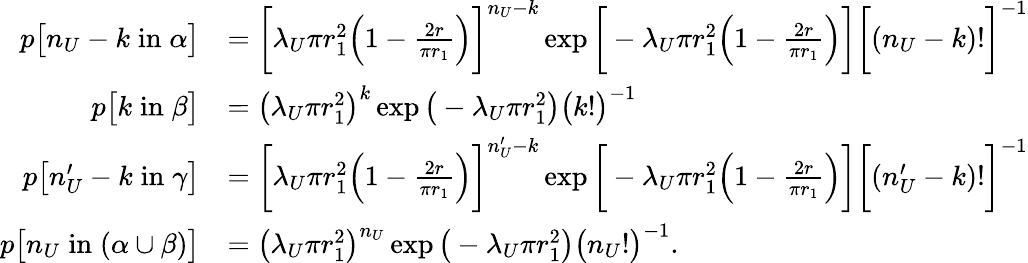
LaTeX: \begin{array}{rl}{p\big[n_{U}-k\; \mathrm{in}\; \alpha\big]}&{=\bigg[\lambda_{U}\pi r_{1}^{2}\Big(1-\frac{2r}{\pi r_{1}}\Big)\bigg]^{n_{U}-k}\exp\bigg[-\lambda_{U}\pi r_{1}^{2}\Big(1-\frac{2r}{\pi r_{1}}\Big)\bigg]\bigg[(n_{U}-k)!\bigg]^{-1}}\\ {p\big[k\; \mathrm{in}\; \beta\big]}&{=\big(\lambda_{U}\pi r_{1}^{2}\big)^{k}\exp\big(-\lambda_{U}\pi r_{1}^{2}\big)\big(k!\big)^{-1}}\\ {p\big[n_{U}^{\prime}-k\; \mathrm{in}\; \gamma\big]}&{=\bigg[\lambda_{U}\pi r_{1}^{2}\Big(1-\frac{2r}{\pi r_{1}}\Big)\bigg]^{n_{U}^{\prime}-k}\exp\bigg[-\lambda_{U}\pi r_{1}^{2}\Big(1-\frac{2r}{\pi r_{1}}\Big)\bigg]\bigg[(n_{U}^{\prime}-k)!\bigg]^{-1}}\\ {p\big[n_{U}\; \mathrm{in}\; (\alpha\cup\beta)\big]}&{=\big(\lambda_{U}\pi r_{1}^{2}\big)^{n_{U}}\exp\big(-\lambda_{U}\pi r_{1}^{2}\big)\big(n_{U}!\big)^{-1}.}\end{array}